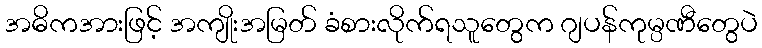
အဓိကအားဖြင့် အကျိုးအမြတ် ခံစားလိုက်ရသူတွေက ဂျပန်ကုမ္ပဏီတွေပဲ